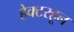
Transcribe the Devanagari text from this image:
हेक्टरहून